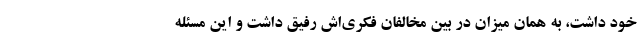
‌خود داشت، به همان میزان در بین مخالفان فکری‌اش رفیق داشت و این مسئله